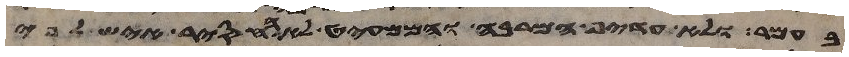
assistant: בעמר ולא העדיף המרבה והממעיט לא החסיר איש לפי